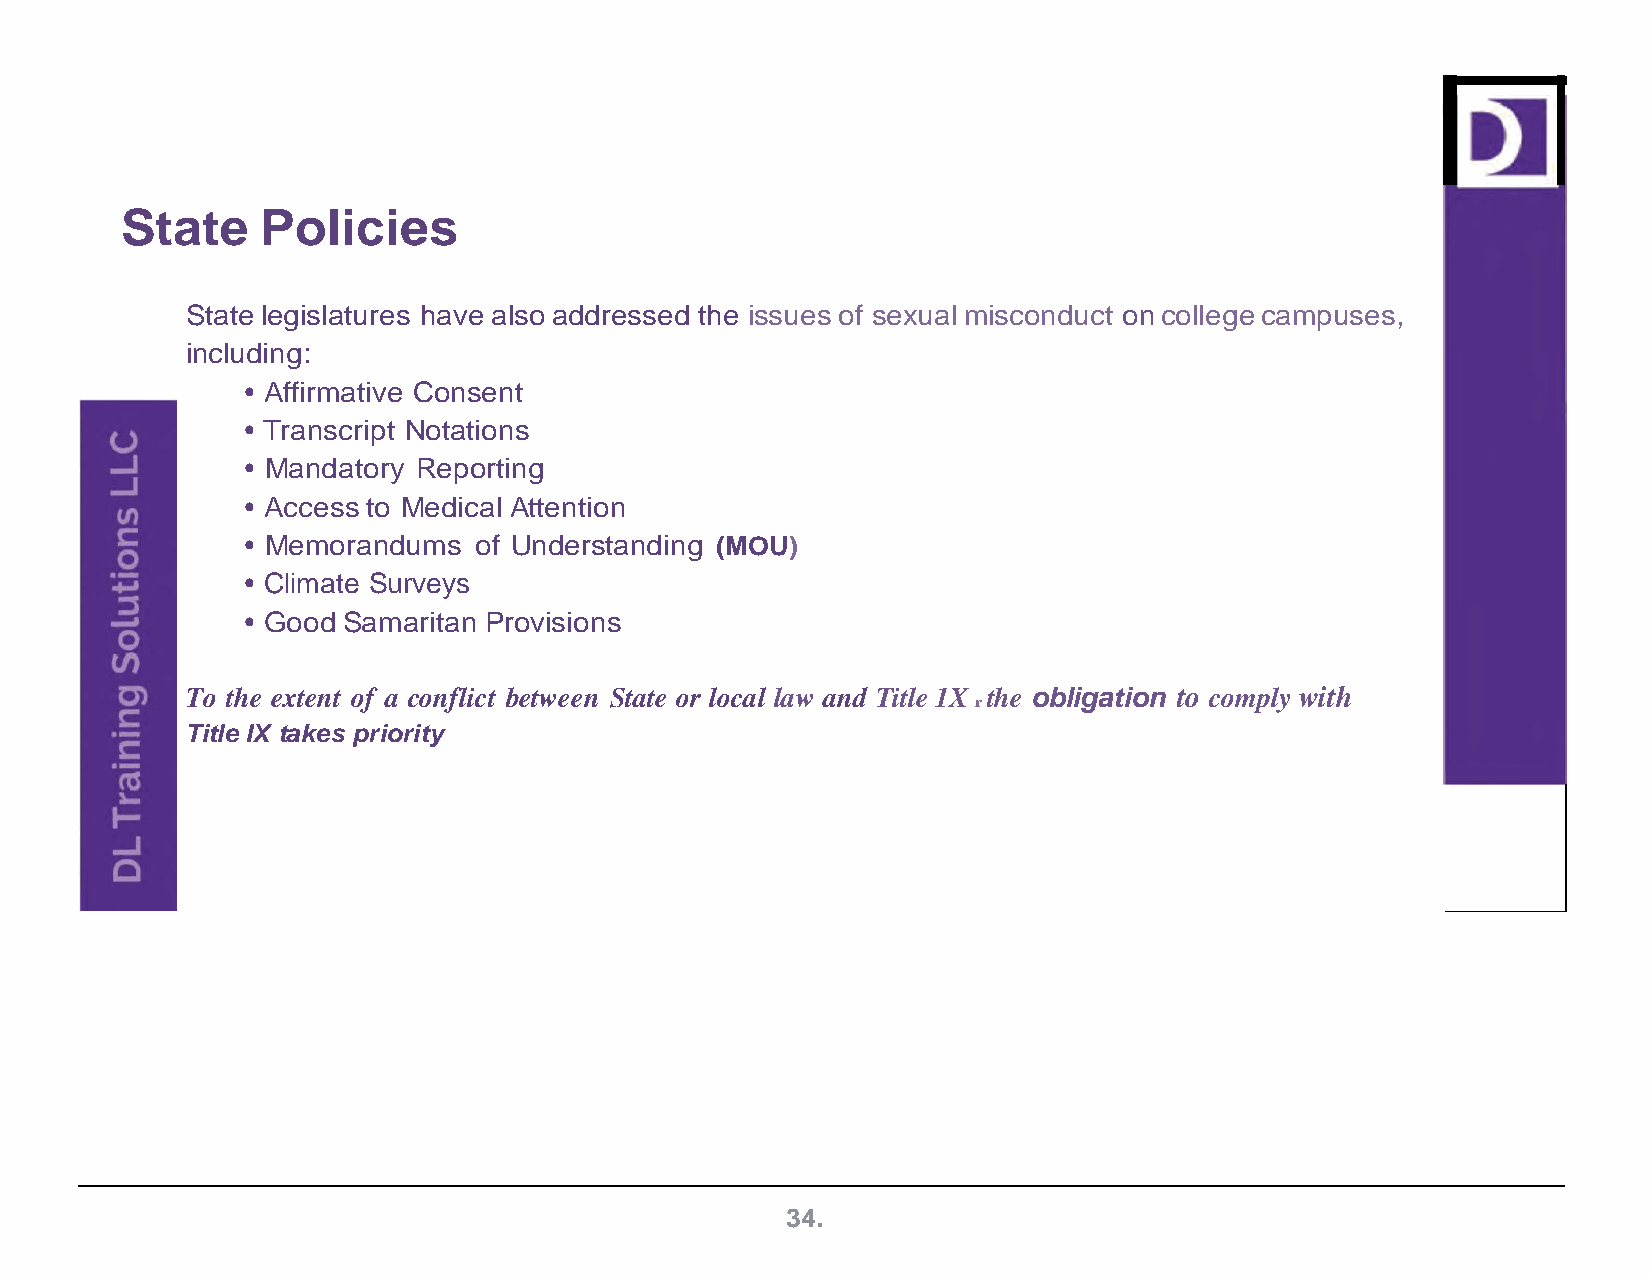
State    Policies
 State legislatures have also addressed the issues of sexual misconduct on college campuses,
 including:
 • Affirmative Consent
 • Transcript Notations
 • Mandatory Reporting
 • Access to Medical Attention
 • Memorandums  of Understanding (MOU)
 • Climate Surveys
 • Good Samaritan Provisions
 To the extent of a conflict between State or local law and Title 1X the obligation to comply with
 r
 Title IX takes priority
 34.